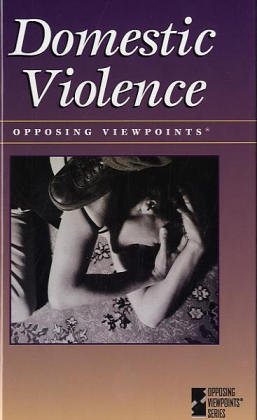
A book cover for Opposing Viewpoints Series - Domestic Violence; Teen & Young Adult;